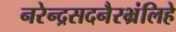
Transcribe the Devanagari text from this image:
नरेन्द्रसदनैरभ्रंलिहे